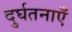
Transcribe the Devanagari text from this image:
दुर्घतनाएँ